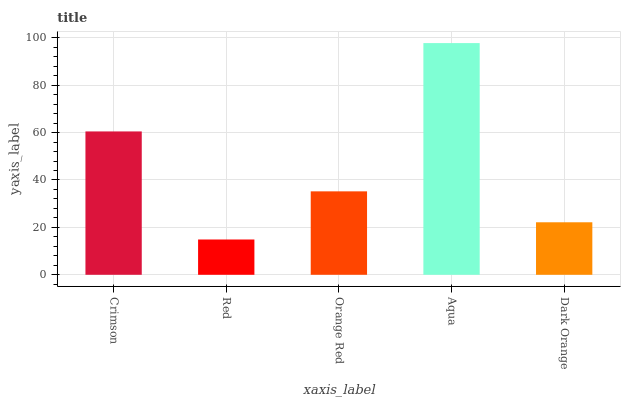
| xaxis_label | bars |
 | --- | --- |
 | Crimson | 60.5 |
 | Red | 14.9 |
 | Orange Red | 35.2 |
 | Aqua | 97.8 |
 | Dark Orange | 22.2 |